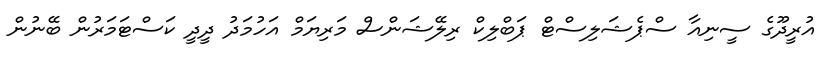
އުރީދޫގެ ސީނިއާ ސްޕެޝަލިސްޓް ޕަބްލިކް ރިލޭޝަންސް މަރިޔަމް އަހުމަދު ދީދީ ކަސްޓަމަރުން ބޭނުން